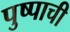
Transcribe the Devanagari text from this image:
पुष्पाची